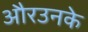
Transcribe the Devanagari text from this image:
औरउनके